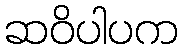
ဆဝိပါပက